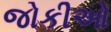
જોકીઓ